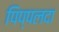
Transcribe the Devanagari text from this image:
पिप्‍पलदा